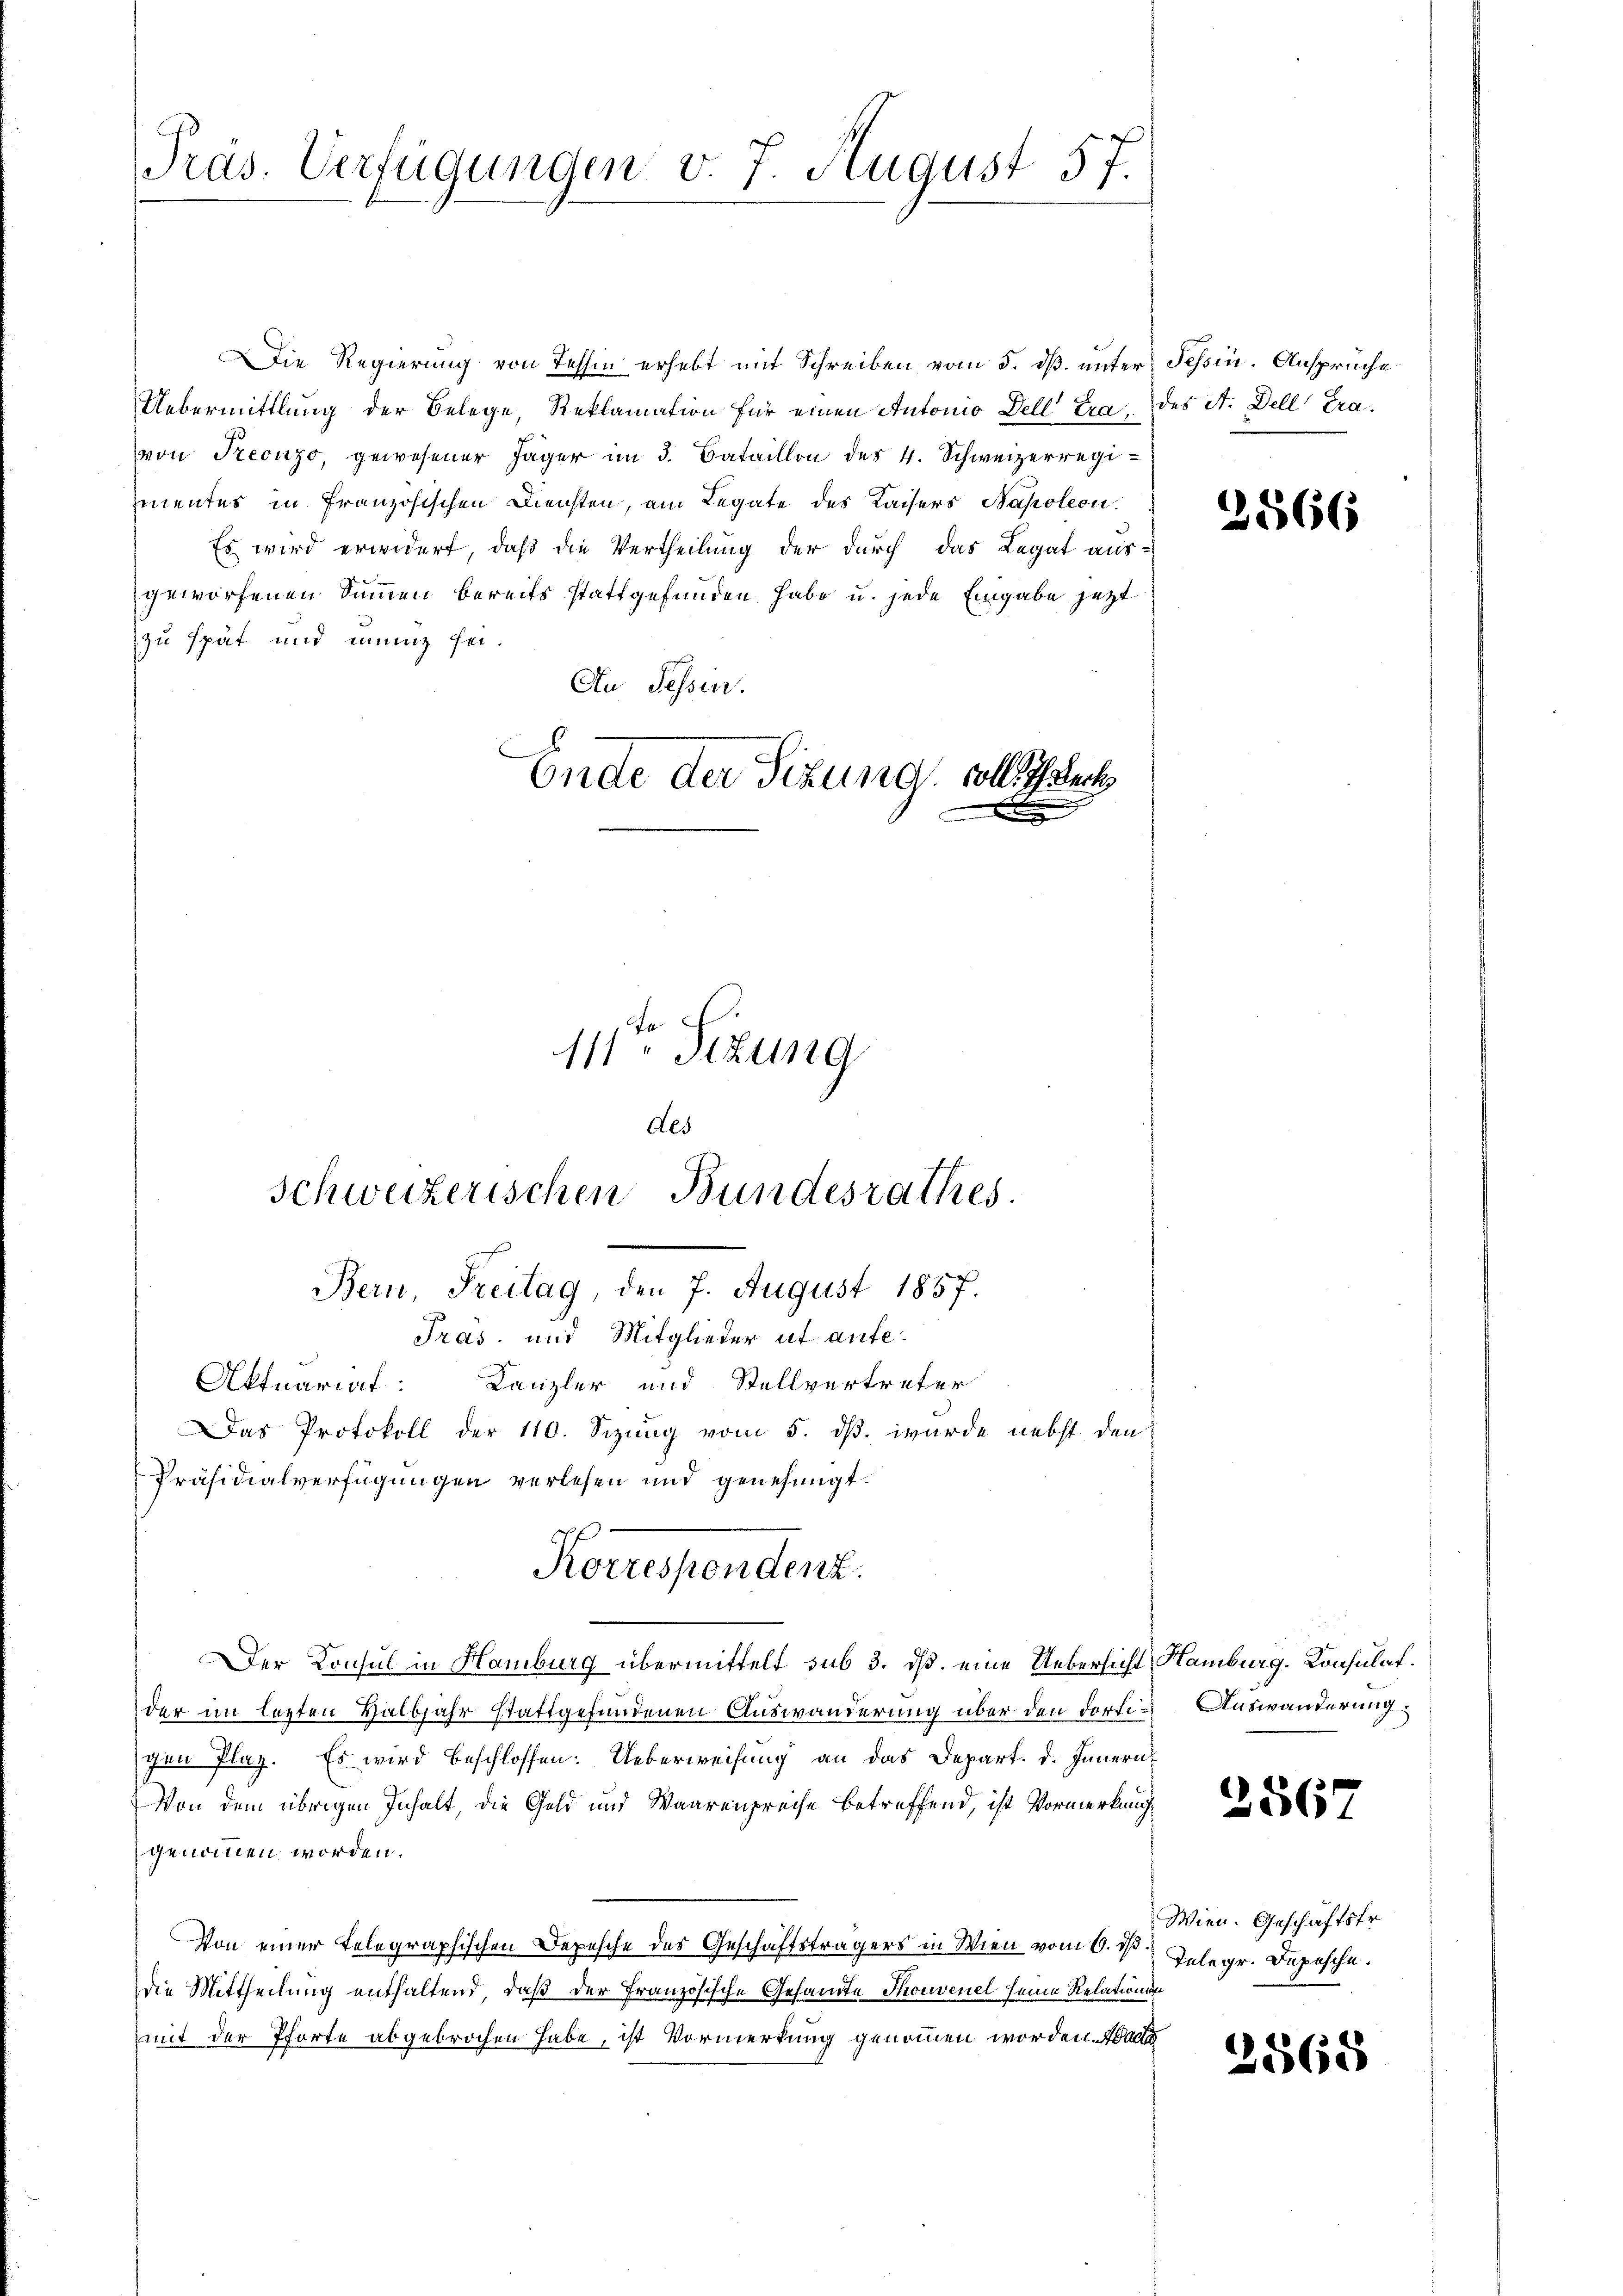
Präs. Verfügungen v. J. August 57.

Die Regierung von Tessin erhebt mit Schreiben vom 5. dß. unter Tessin. Ansprüche
Uebermittlung der Belege, Reklamation für einen Antonio dell Ira des St. Dell Fravon Treonzo, gewesener Jäger im 3. Bataillon des 4. Schweizerregi
ementes in französischen Diensten, am Legate des Kaisers Napoleon
Es wird erwidert, daß die Vertheilung der durch das Legat aus-
geworfenen Sinnen bereits stattgefunden habe u. jede Eingabe jetzt
zu spät und innig sei.
An Tessin.
Ende der Sitzung vollsteck

111ten Sizung

des
Schweizerischen Bundesrathes.
Aktuariat: Kanzler und Stellvertreter
Das Protokoll der 110. Sizung vom 5. dß. wurde nebst den
Präsidialverfügungen verlesen und genehmigt.
Korrespondenz.

Bern, Freitag, den 7. August 1857.
Pras und Mitglieder ut aufe¬

Der Konsul in Hamburg übermittelt sub 3. ds. eine Uebersicht Hamburg. Konsulat.
der im lezten Halbjahr stattgefundenen Auswanderung über den dortigen Plaz. Es wird beschlossen: Ueberweisung an das Depart. d. Innern
Von dem übrigen Inhalt, die Geld und Waarenpreise betreffend, ist Vormerkung
genommen worden.
Von einer Telegraphischen Depesche des Geschäftsträgers in Wien vom 6. d. Telegr. Depesche.
die Mittheilung enthaltend, daß der Französische Gesamte Thonvenel seine Relationn
mit der Pforte abgebrochen habe, ist Vormerkung genommen worden.

2566

Auswanderung.

2567

Wien. Geschäftsfr.

2568